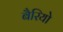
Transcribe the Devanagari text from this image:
बैरियो